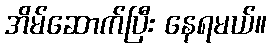
အိမ်ဆောက်ပြီး နေရမယ်။